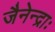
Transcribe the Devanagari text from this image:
जैनेन्द्राः